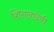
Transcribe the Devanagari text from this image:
शितलादेवी